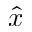
\hat { x }